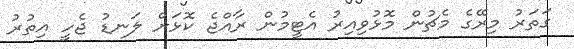
ގަތަރު މިރޭގެ މެޗުން މޮޅުވިއިރު އެޓީމުން ރާއްޖެ ކޮޅަށް ލަނޑު ޖެހީ އިތުރު